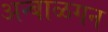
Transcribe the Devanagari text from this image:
अन्बाळगन